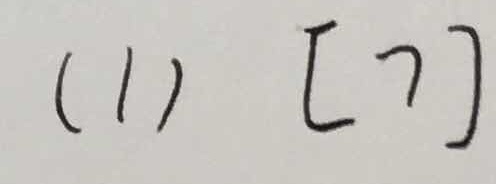
( 1 ) [ 7 ]